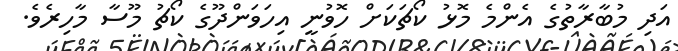
އަދި މުބާރާތުގެ އެންމެ މޮޅު ކޯޗަކަށް ހޮވުނީ އިހަވަންދޫގެ ކޯޗު މޫސާ މާހިރެވެ.